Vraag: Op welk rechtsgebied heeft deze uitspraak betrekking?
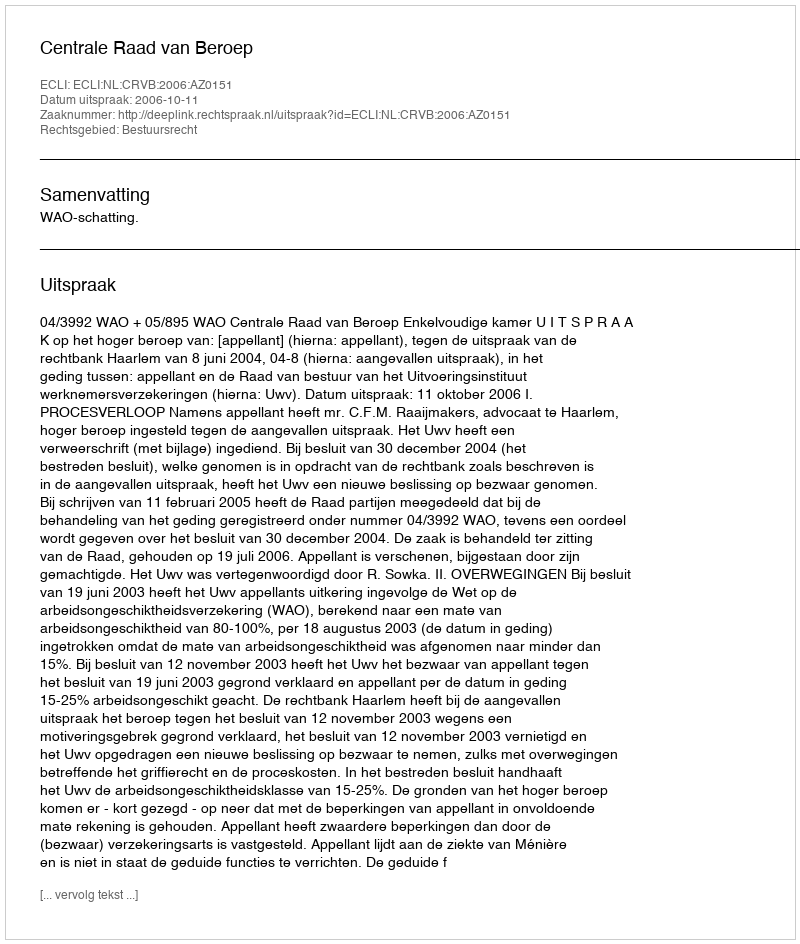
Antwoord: Bestuursrecht